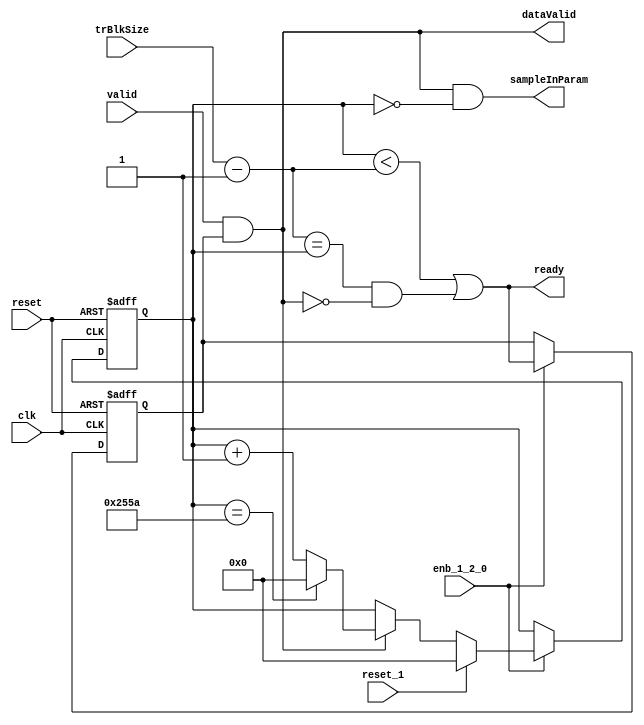
// -------------------------------------------------------------
// 
// 
// Generated by MATLAB 9.13 and HDL Coder 4.0
// 
// -------------------------------------------------------------


// -------------------------------------------------------------
// 
// Module: whdlOFDMTx_Generate_Transmitter_Ready
// Source Path: whdlOFDMTx/Frame Controller and Input Sampler/Frame Controller/Generate Transmitter Ready
// Hierarchy Level: 4
// 
// -------------------------------------------------------------

`timescale 1 ns / 1 ns

module whdlOFDMTx_Generate_Transmitter_Ready
          (clk,
           reset,
           enb_1_2_0,
           valid,
           reset_1,
           trBlkSize,
           sampleInParam,
           dataValid,
           ready);


  input   clk;
  input   reset;
  input   enb_1_2_0;
  input   valid;
  input   reset_1;
  input   [13:0] trBlkSize;  // ufix14
  output  sampleInParam;
  output  dataValid;
  output  ready;


  wire [13:0] count_step;  // ufix14
  wire [13:0] count_from;  // ufix14
  wire [13:0] count_reset;  // ufix14
  wire Constant_out1;  // ufix1
  wire signed [14:0] Add_sub_temp;  // sfix15
  wire signed [14:0] Add_1;  // sfix15
  wire signed [14:0] Add_2;  // sfix15
  wire [13:0] Add_out1;  // ufix14
  wire Logical_Operator_out1;
  wire Logical_Operator3_out1;
  reg [13:0] HDL_Counter_out1;  // ufix14
  wire Relational_Operator1_relop1;
  wire Logical_Operator2_out1;
  wire [13:0] count;  // ufix14
  wire need_to_wrap;
  wire [13:0] count_value;  // ufix14
  wire [13:0] count_1;  // ufix14
  wire [13:0] count_2;  // ufix14
  wire Relational_Operator_relop1;
  wire Logical_Operator4_out1;
  reg  Delay_out1;
  wire Compare_To_Constant_out1;
  wire Logical_Operator1_out1;


  // Count limited, Unsigned Counter
  //  initial value   = 0
  //  step value      = 1
  //  count to value  = 9562
  assign count_step = 14'b00000000000001;



  assign count_from = 14'b00000000000000;



  assign count_reset = 14'b00000000000000;



  assign Constant_out1 = 1'b1;



  assign Add_1 = {1'b0, trBlkSize};
  assign Add_2 = {14'b0, Constant_out1};
  assign Add_sub_temp = Add_1 - Add_2;
  assign Add_out1 = Add_sub_temp[13:0];



  assign Logical_Operator3_out1 =  ~ Logical_Operator_out1;



  assign Relational_Operator1_relop1 = Add_out1 == HDL_Counter_out1;



  assign Logical_Operator2_out1 = Relational_Operator1_relop1 & Logical_Operator3_out1;



  assign count = HDL_Counter_out1 + count_step;



  assign need_to_wrap = HDL_Counter_out1 == 14'b10010101011010;



  assign count_value = (need_to_wrap == 1'b0 ? count :
              count_from);



  assign count_1 = (Logical_Operator_out1 == 1'b0 ? HDL_Counter_out1 :
              count_value);



  assign count_2 = (reset_1 == 1'b0 ? count_1 :
              count_reset);



  always @(posedge clk or posedge reset)
    begin : HDL_Counter_process
      if (reset == 1'b1) begin
        HDL_Counter_out1 <= 14'b00000000000000;
      end
      else begin
        if (enb_1_2_0) begin
          HDL_Counter_out1 <= count_2;
        end
      end
    end



  assign Relational_Operator_relop1 = HDL_Counter_out1 < Add_out1;



  assign Logical_Operator4_out1 = Relational_Operator_relop1 | Logical_Operator2_out1;



  always @(posedge clk or posedge reset)
    begin : Delay_process
      if (reset == 1'b1) begin
        Delay_out1 <= 1'b0;
      end
      else begin
        if (enb_1_2_0) begin
          Delay_out1 <= Logical_Operator4_out1;
        end
      end
    end



  assign Logical_Operator_out1 = valid & Delay_out1;



  assign Compare_To_Constant_out1 = HDL_Counter_out1 == 14'b00000000000000;



  assign Logical_Operator1_out1 = Logical_Operator_out1 & Compare_To_Constant_out1;



  assign sampleInParam = Logical_Operator1_out1;

  assign dataValid = Logical_Operator_out1;

  assign ready = Logical_Operator4_out1;

endmodule  // whdlOFDMTx_Generate_Transmitter_Ready